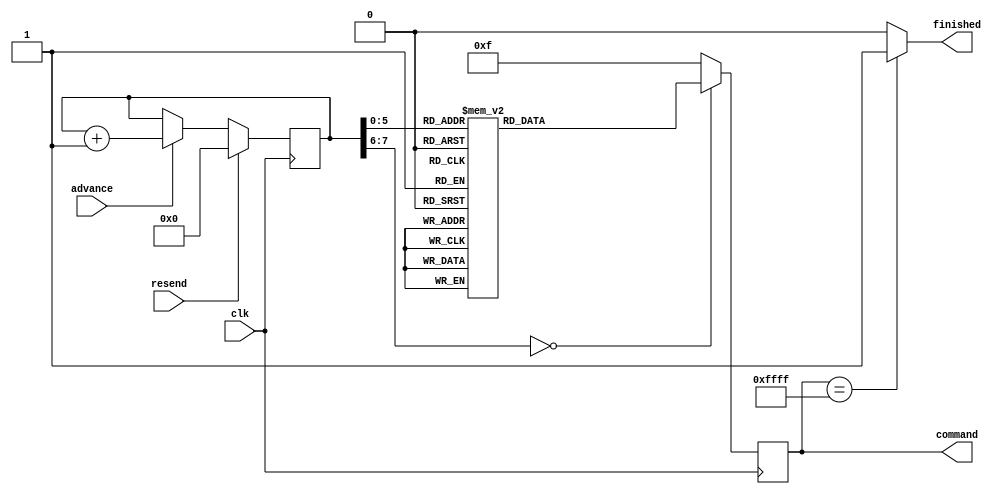
module ov7670_registers_verilog(input clk, input resend, input advance, output [15:0] command, output finished);

    reg [15:0] sreg;
    reg finished_temp;
    reg [7:0] address = {8{1'b0}};
    
    assign command = sreg; 
    assign finished = finished_temp;
    
    always@(sreg)
    begin
        if(sreg == 16'b1111111111111111)
            begin
                finished_temp <= 1;
            end
        else
            begin
                finished_temp <= 0;
            end
    end
    
    always@(posedge clk)
        begin
            if(resend == 1)
                begin
                    address <= {8{1'b0}};
                end
            else if(advance == 1)
                begin
                    address <= address+1;
                end
           case (address) 
                0 : sreg <= 4'h1280; 
                1 : sreg <= 4'h1280; 
                2 : sreg <= 4'h1204; 
                3 : sreg <= 4'h1100; 
                4 : sreg <= 4'h0C00; 
                5 : sreg <= 4'h3E00; 
                6 : sreg <= 4'h8C00; 
                7 : sreg <= 4'h0400; 
                8 : sreg <= 4'h4010; 
                9 : sreg <= 4'h3A04; 
                10 : sreg <= 4'h1438; 
                11 : sreg <= 4'h4FB3; 
                12 : sreg <= 4'h50B3; 
                13 : sreg <= 4'h5100; 
                14 : sreg <= 4'h523D; 
                15 : sreg <= 4'h53A7; 
                16 : sreg <= 4'h54E4; 
                17 : sreg <= 4'h589E; 
                18 : sreg <= 4'h3DC0; 
                19 : sreg <= 4'h1100; 
                20 : sreg <= 4'h1711; 
                21 : sreg <= 4'h1861; 
                22 : sreg <= 4'h32A4; 
                23 : sreg <= 4'h1903; 
                24 : sreg <= 4'h1A7B; 
                25 : sreg <= 4'h030A; 
                26 : sreg <= 4'h0E61; 
                27 : sreg <= 4'h0F4B; 
                28 : sreg <= 4'h1602; 
                29 : sreg <= 4'h1E37; 
                30 : sreg <= 4'h2102; 
                31 : sreg <= 4'h2291; 
                32 : sreg <= 4'h2907; 
                33 : sreg <= 4'h330B; 
                34 : sreg <= 4'h350B; 
                35 : sreg <= 4'h371B; 
                36 : sreg <= 4'h3871; 
                37 : sreg <= 4'h392A; 
                38 : sreg <= 4'h3C78; 
                39 : sreg <= 4'h4D40; 
                39 : sreg <= 4'h4D40; 
                40 : sreg <= 4'h4E20; 
                41 : sreg <= 4'h6900; 
                42 : sreg <= 4'h7410; 
                43 : sreg <= 4'h7410; 
                44 : sreg <= 4'h8D4F; 
                45 : sreg <= 4'h8E00; 
                46 : sreg <= 4'h8F00; 
                47 : sreg <= 4'h9000; 
                48 : sreg <= 4'h9100; 
                49 : sreg <= 4'h9600; 
                50 : sreg <= 4'h9A00; 
                51 : sreg <= 4'hB084; 
                52 : sreg <= 4'hB10C; 
                53 : sreg <= 4'hB20E; 
                54 : sreg <= 4'hB382; 
                55 : sreg <= 4'hB80A; 
                default : sreg <= 4'hFFFF;
            endcase  
            
        end
endmodule